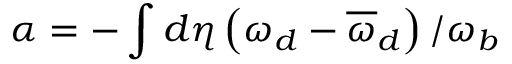
\alpha = - \int d \eta \left( \omega _ { d } - \overline { { \omega } } _ { d } \right) / \omega _ { b }